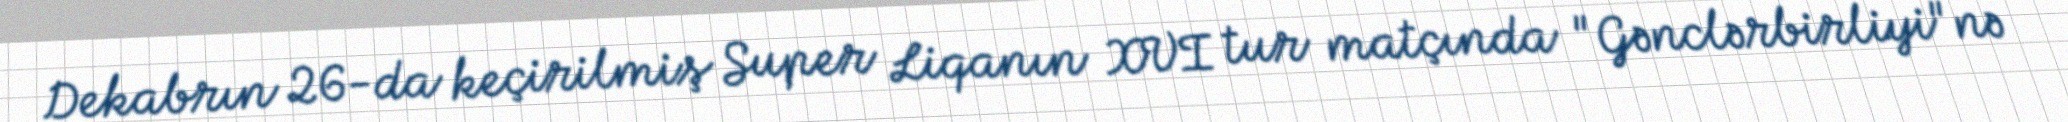
Dekabrın 26-da keçirilmiş Super Liqanın XVI tur matçında "Gənclərbirliyi"nə